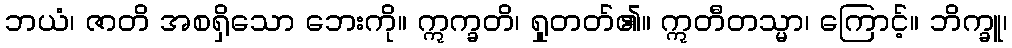
ဘယံ၊ ဇာတိ အစရှိသော ဘေးကို။ ဣက္ခတိ၊ ရှုတတ်၏။ ဣတီတသ္မာ၊ ကြောင့်။ ဘိက္ခူ၊